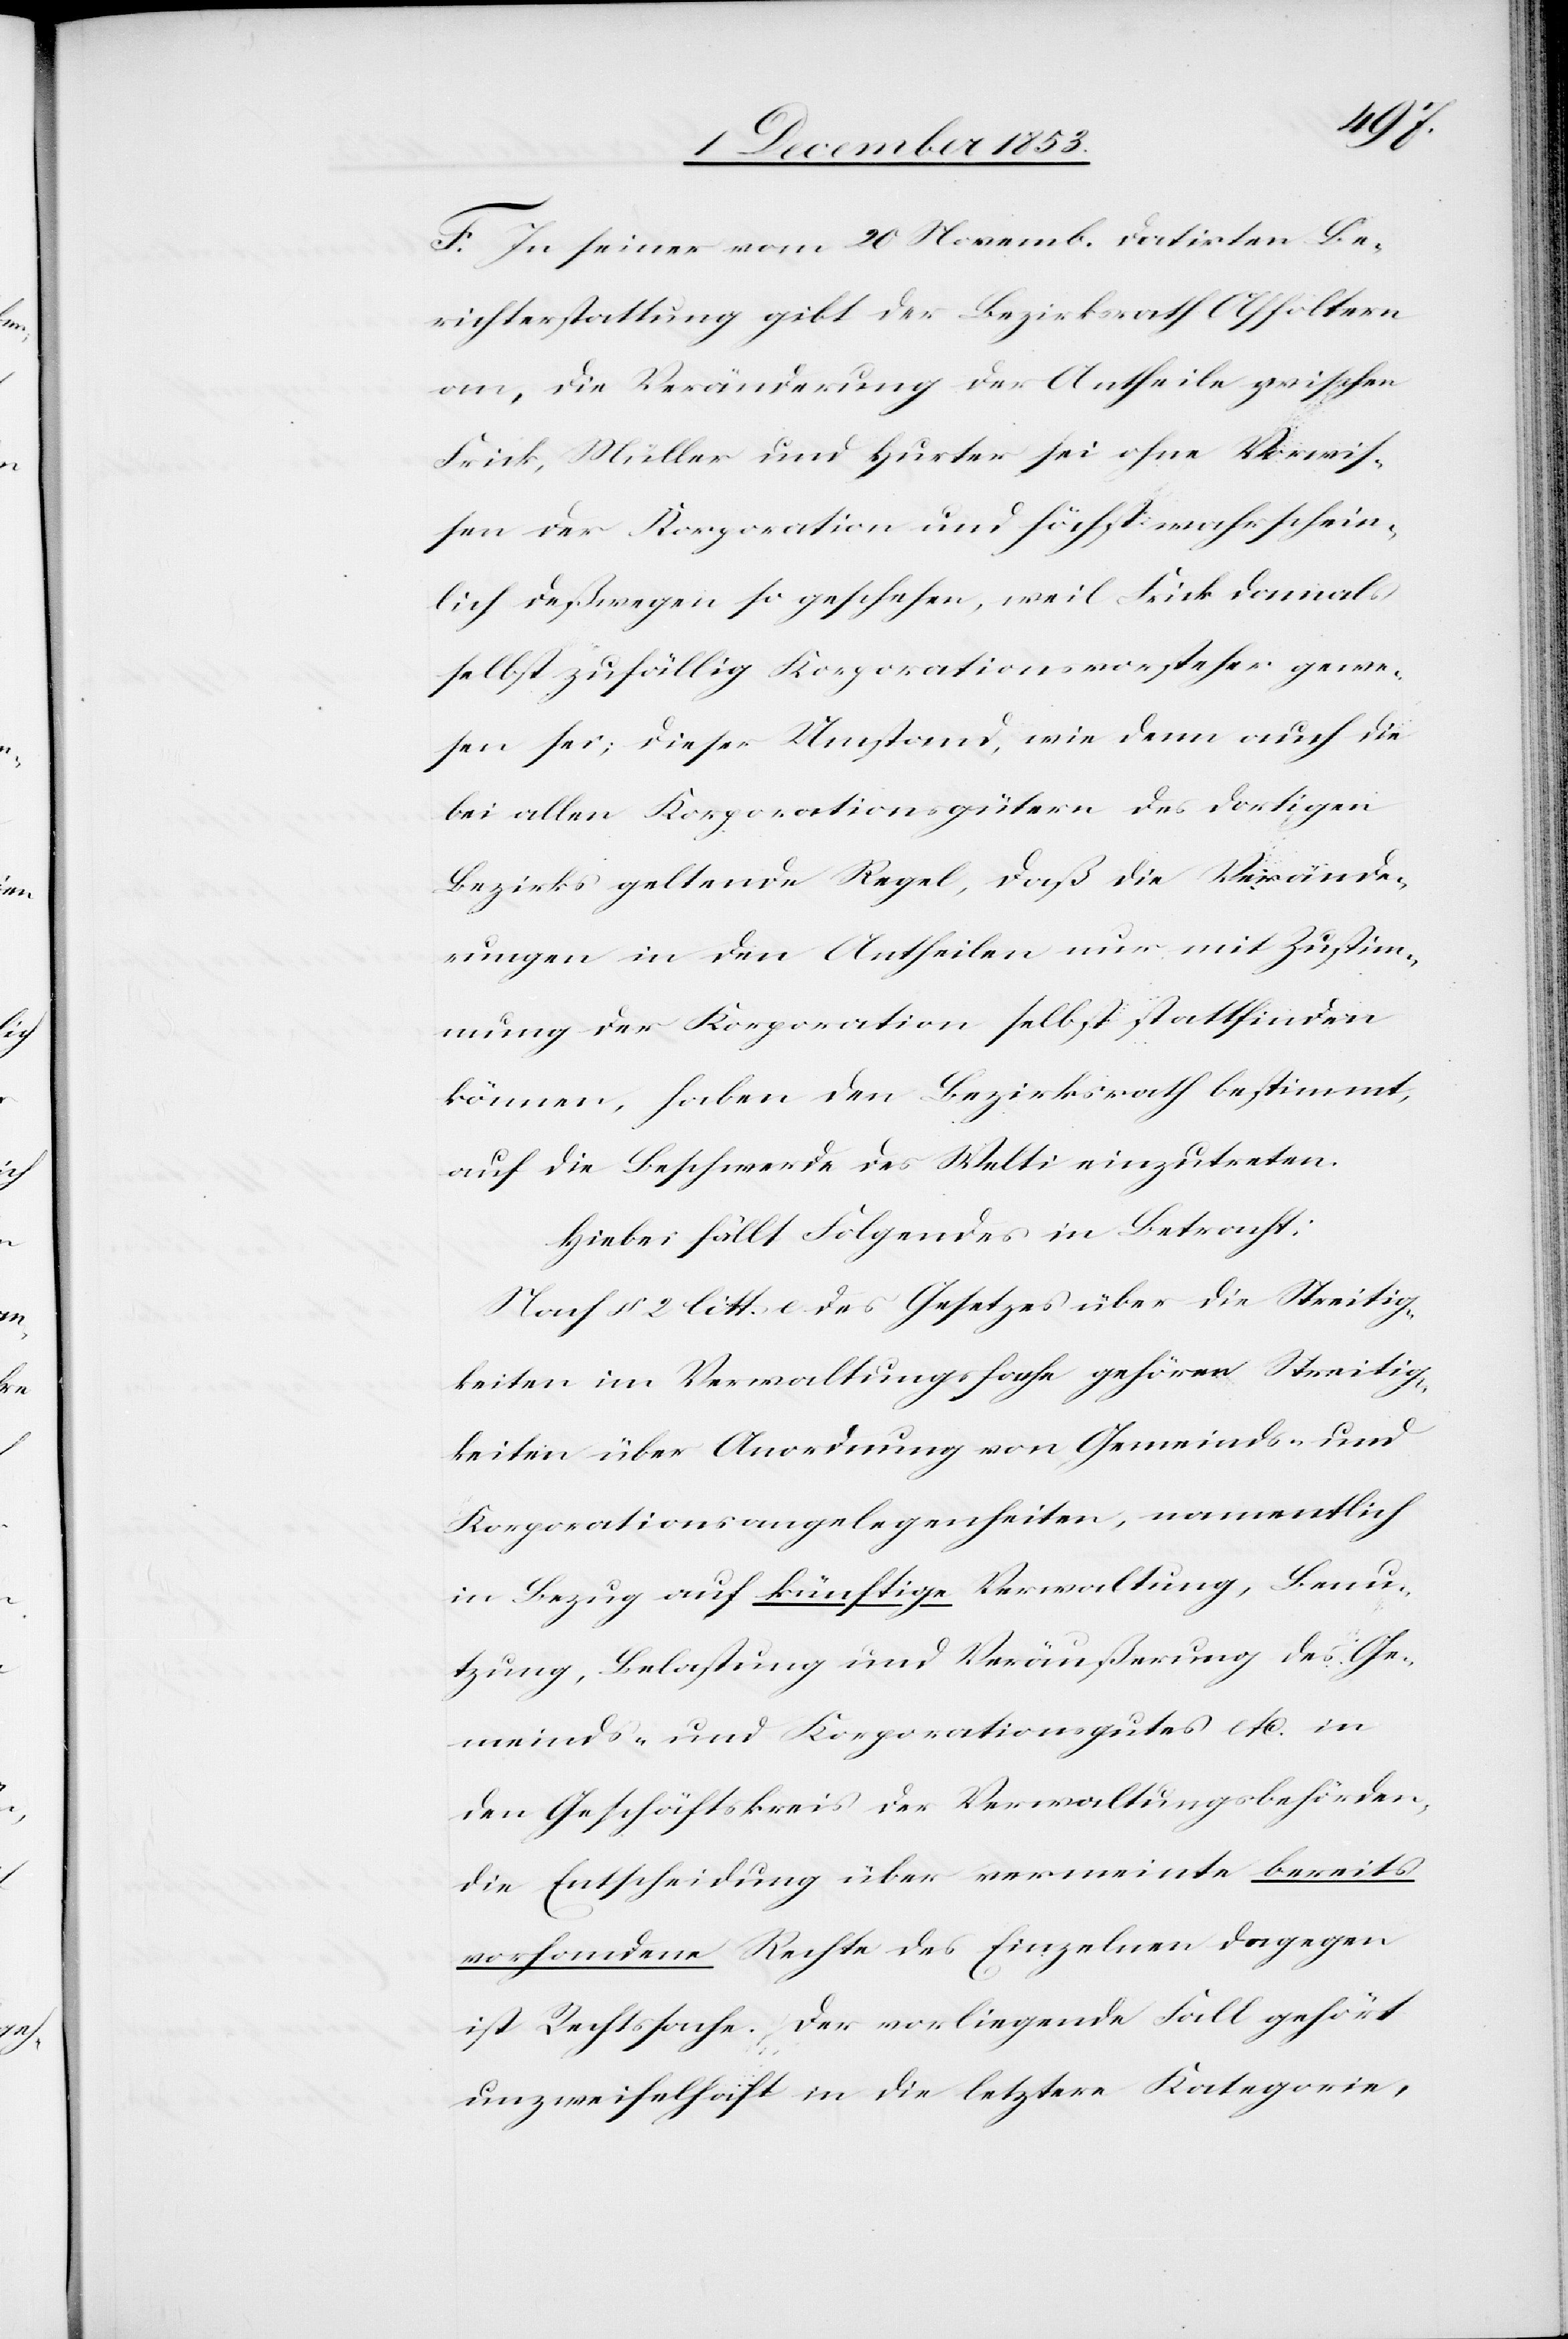
F. In seiner vom 20 Novemb. datirten Be¬
richterstattung gibt der Bezirksrath Affoltern
an, die Veränderung der Antheile zwischen
Frick, Müller und Hurter sei ohne Vorwei¬
sen der Korporation und höchstens wahrschein¬
lich deßwegen so geschehen, weil Frick damals
selbst zufällig Korporationsvorsteher gewe¬
sen sei; dieser Umstand, wie denn auch die
bei allen Korporationsgütern des dortigen
Bezirks geltende Regel, daß die Verände¬
rungen in den Antheilen nur mit Zustim¬
mung der Korporation selbst stattfinden
können, haben den Bezirksrath bestimmt,
auf die Beschwerde des Welti einzutreten.
Hiebei fällt Folgendes in Betracht:
Nach § 2 litt. c. des Gesetzes über die Streitig¬
keiten im Verwaltungsfache gehören Streitig¬
keiten über Anordnung von Gemeinds- und
Korporationsangelegenheiten, namentlich
in Bezug auf künftige Verwaltung, Benu¬
tzung, Belastung und Veräußerung des Ge¬
meinds- und Korporationsgutes etc. in
den Geschäftskreis der Verwaltungsbehörden,
die Entscheidung über vermeinte bereits
vorhandene Rechte des Einzelnen dagegen
ist Rechtssache. Der vorliegende Fall gehört
unzweifelhaft in die letztere Kategorie,